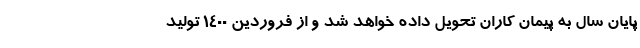
پایان سال به پیمان کاران تحویل داده خواهد شد و از فروردین 1400 تولید